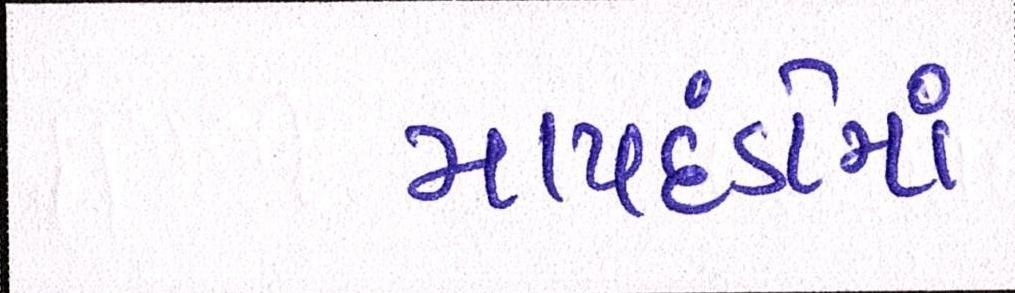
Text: માપદંડોમાં